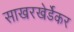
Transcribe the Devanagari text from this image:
साखरखेर्डेकर